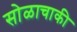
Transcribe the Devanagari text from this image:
सोळाचाकी